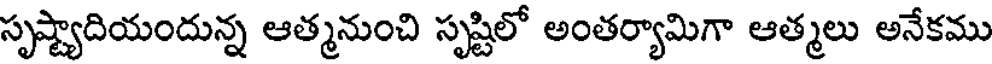
సృష్ట్యాదియందున్న ఆత్మనుంచి సృష్టిలో అంతర్యామిగా ఆత్మలు అనేకము